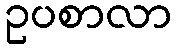
ဥပစာလာ